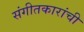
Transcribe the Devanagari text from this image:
संगीतकारांची